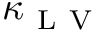
\kappa _ { \mathrm { ~ L ~ V ~ } }